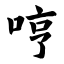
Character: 哼